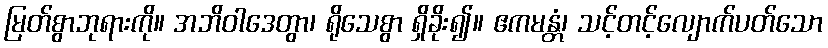
မြတ်စွာဘုရားကို။ အဘိဝါဒေတွာ၊ ရိုသေစွာ ရှိခိုး၍။ ဧကမန္တံ၊ သင့်တင့်လျောက်ပတ်သော